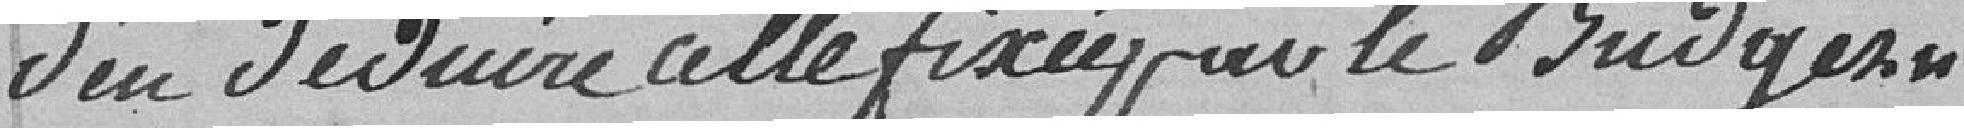
d'en déduire celle fixée par le budget se